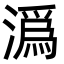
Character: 潙